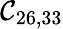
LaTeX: \mathcal{C}_{26,33}